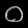
Digit: ၀